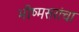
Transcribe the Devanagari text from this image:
भीष्मसरांचा